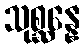
သုစ္ဆန္နေ